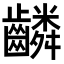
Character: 𬹸